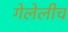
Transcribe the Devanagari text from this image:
गेलेलीच